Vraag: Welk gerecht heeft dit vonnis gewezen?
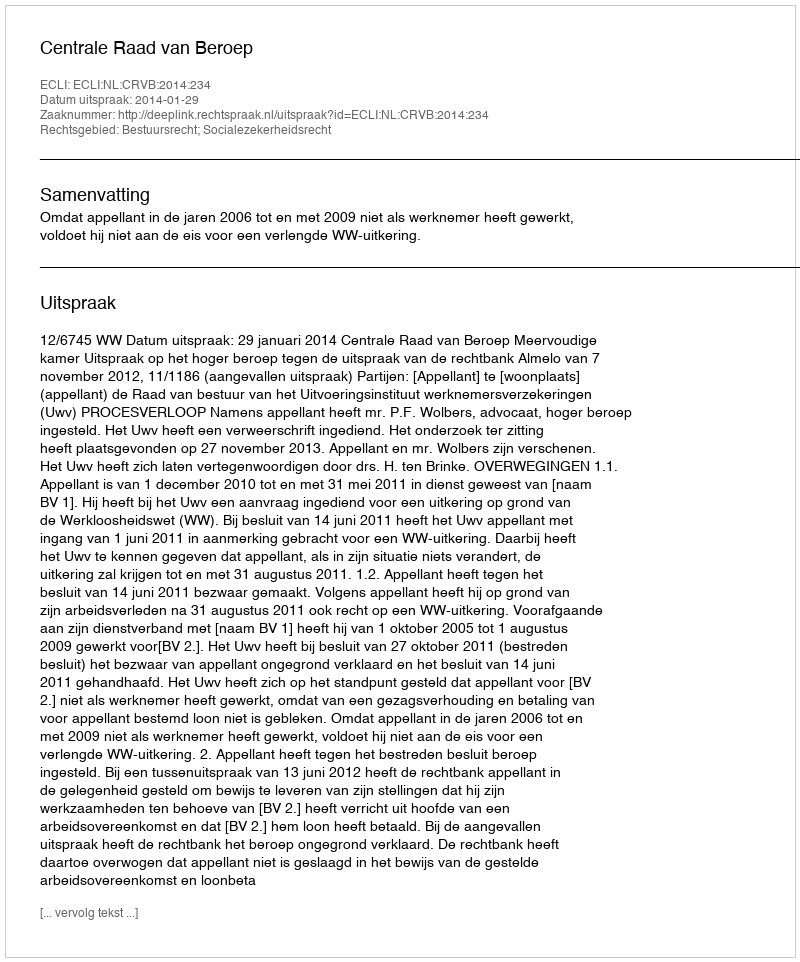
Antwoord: Centrale Raad van Beroep